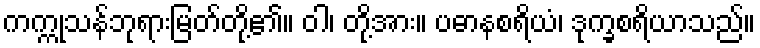
ကက္ကုသန်ဘုရားမြတ်တို့၏။ ဝါ၊ တို့အား။ ပဓာနစရိယံ၊ ဒုက္ခစရိယာသည်။